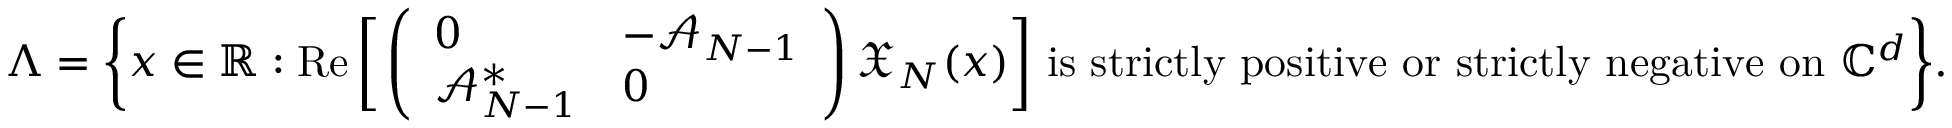
\Lambda = \bigg \{ x \in \mathbb { R } : \operatorname { R e } \bigg [ \left( \begin{array} { l l } { 0 } & { - \mathcal { A } _ { N - 1 } } \\ { \mathcal { A } _ { N - 1 } ^ { * } } & { 0 } \end{array} \right) \mathfrak { X } _ { N } ( x ) \bigg ] \mathrm { ~ i s ~ s t r i c t l y ~ p o s i t i v e ~ o r ~ s t r i c t l y ~ n e g a t i v e ~ o n ~ } \mathbb { C } ^ { d } \bigg \} .